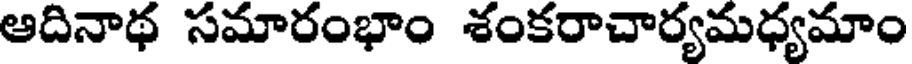
ఆదినాథ సమారంభాం శంకరాచార్యమధ్యమాం